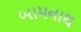
બામનાથ